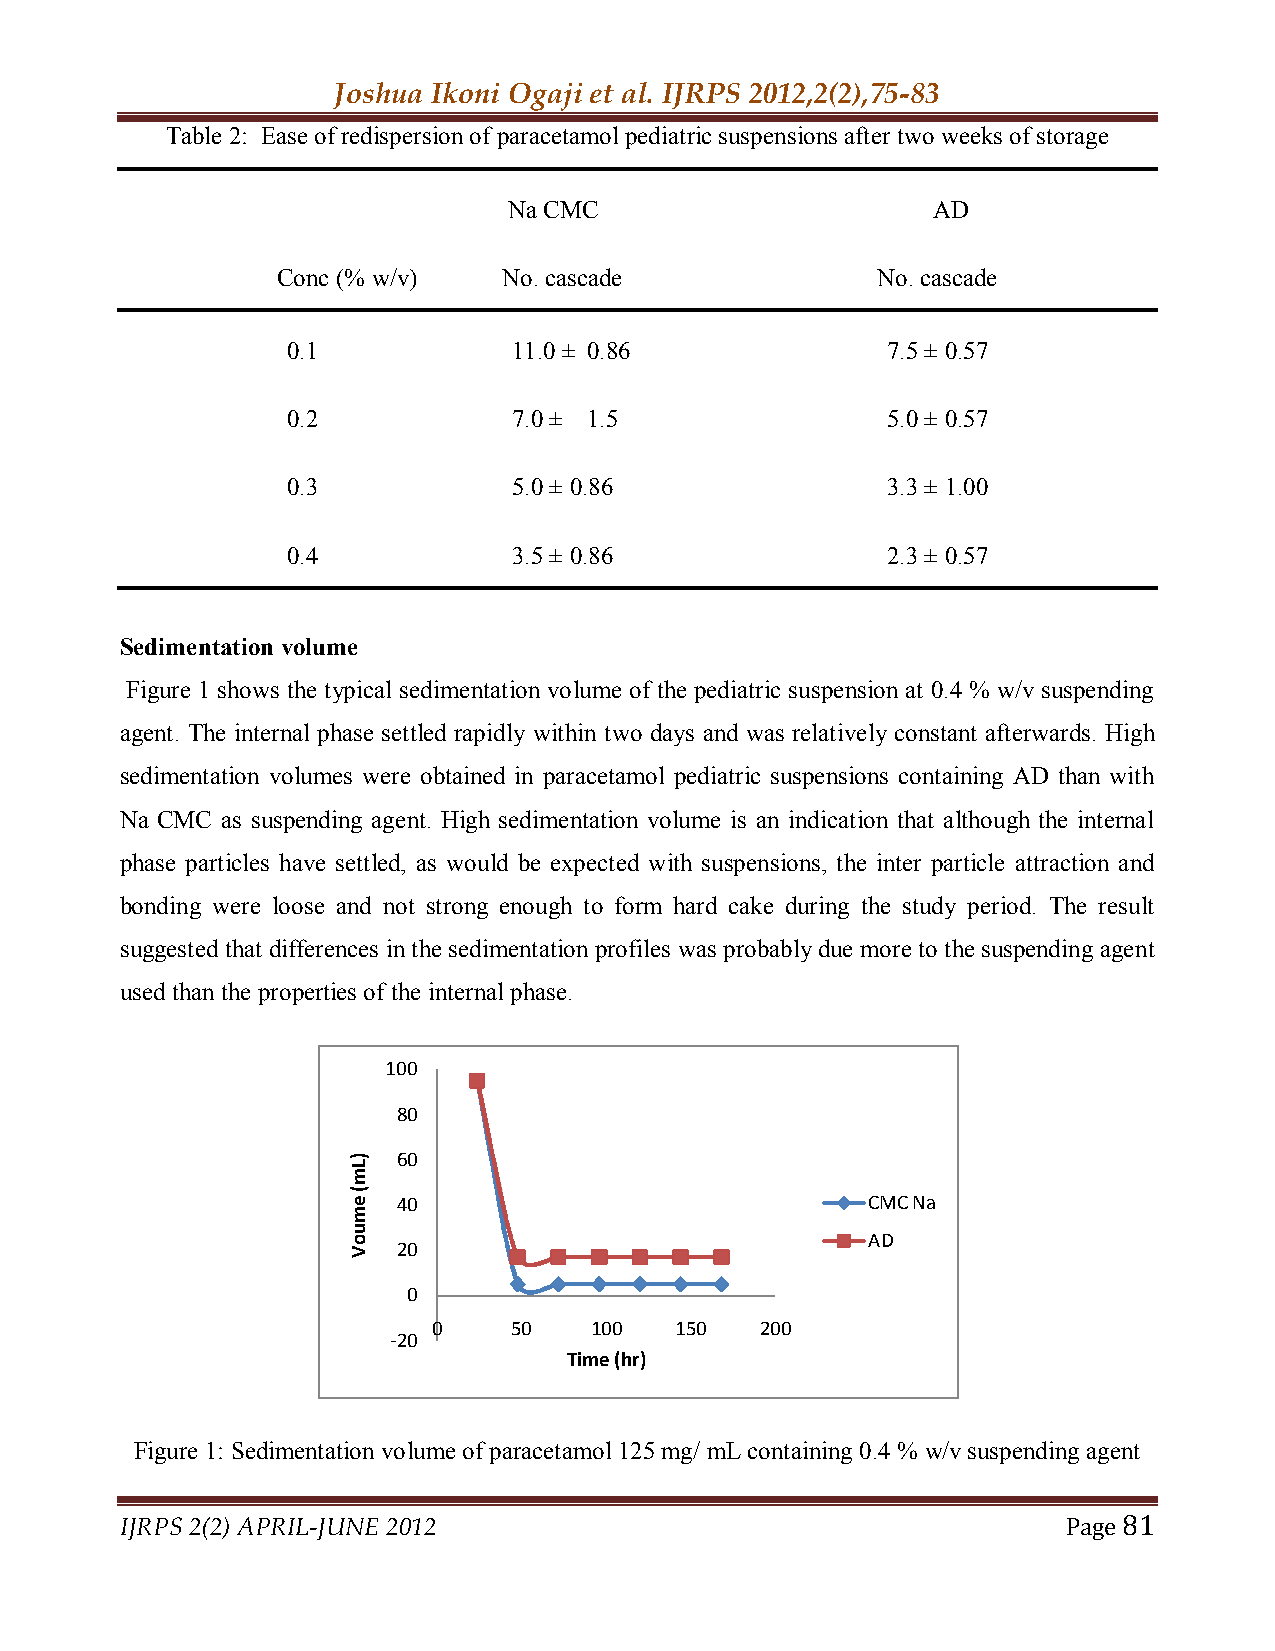
Joshua Ikoni Ogaji et al. IJRPS 2012,2(2),75-83
 Table 2: Ease of redispersion of paracetamol pediatric suspensions after two weeks of storage
 Na CMC                      AD
 Conc (% w/v)   No. cascade              No. cascade
 0.1            11.0 ± 0.86              7.5 ± 0.57
 0.2            7.0 ± 1.5                5.0 ± 0.57
 0.3            5.0 ± 0.86               3.3 ± 1.00
 0.4            3.5 ± 0.86               2.3 ± 0.57
 Sedimentation volume
 Figure 1 shows the typical sedimentation volume of the pediatric suspension at 0.4 % w/v suspending
 agent. The internal phase settled rapidly within two days and was relatively constant afterwards. High
 sedimentation volumes were obtained in paracetamol pediatric suspensions containing AD than with
 Na CMC as suspending agent. High sedimentation volume is an indication that although the internal
 phase particles have settled, as would be expected with suspensions, the inter particle attraction and
 bonding were loose and not strong enough to form hard cake during the study period. The result
 suggested that differences in the sedimentation profiles was probably due more to the suspending agent
 used than the properties of the internal phase.
 100
 80
 60
 40                              CMC Na
 AD
 20
 0
 0    50   100   150  200
 -20
 Time (hr)
 Figure 1: Sedimentation volume of paracetamol 125 mg/ mL containing 0.4 % w/v suspending agent
 IJRPS 2(2) APRIL-JUNE 2012                                     Page 81
 )Lm(
 emuoV